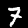
Digit: 7